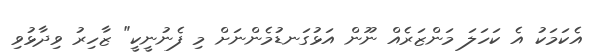
އެކަމަކު އެ ކަހަލަ މަންޒަރެއް ނޫން އަޅުގަނޑުމެންނަށް މި ފެނުނީކީ" ޒާހިރު ވިދާޅުވި